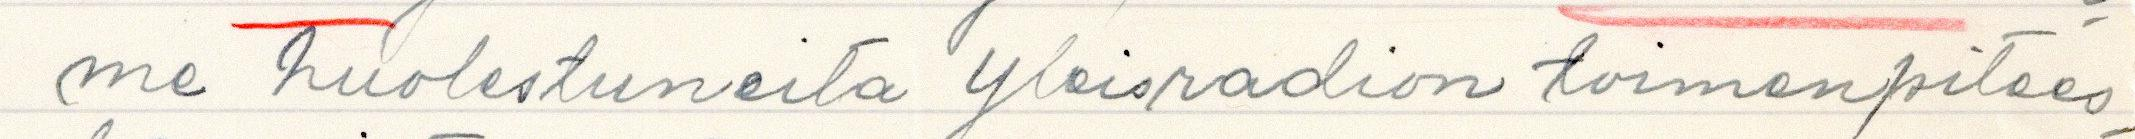
me huolestuneita Yleisradion toimenpitees